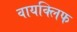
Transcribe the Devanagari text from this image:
वायक्लिफ